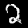
Digit: 2